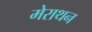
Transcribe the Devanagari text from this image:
मेराथन